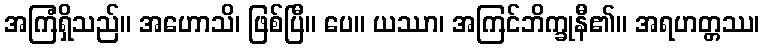
အကြံရှိသည်။ အဟောသိ၊ ဖြစ်ပြီ။ ပေ။ ယဿာ၊ အကြင်ဘိက္ခုနီ၏။ အရဟတ္တဿ၊